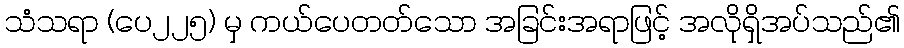
သံသရာ (ပေ၂၂၅) မှ ကယ်ပေတတ်သော အခြင်းအရာဖြင့် အလိုရှိအပ်သည်၏